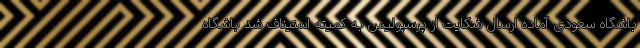
باشگاه سعودی آماده ارسال شکایت از پرسپولیس به کمیته استیناف شد باشگاه